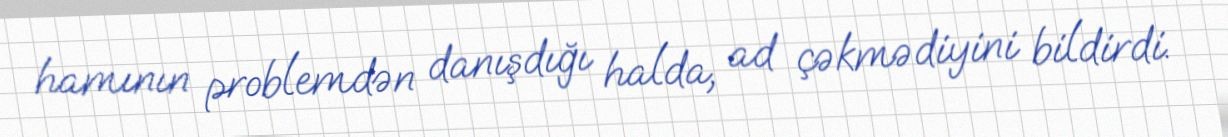
hamının problemdən danışdığı halda, ad çəkmədiyini bildirdi.